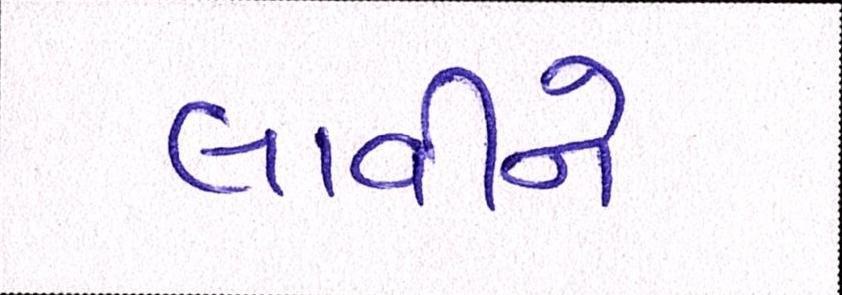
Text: લાવીને